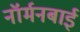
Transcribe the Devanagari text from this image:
नॉर्मनबाई